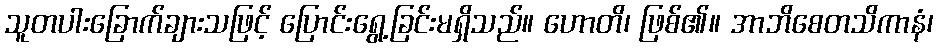
သူတပါးခြောက်ချားသဖြင့် ပြောင်းရွေ့ခြင်းမရှိသည်။ ဟောတိ၊ ဖြစ်၏။ အာဘိစေတသိကာနံ၊